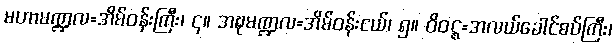
မဟာမဏ္ဍလ=အိမ်ဝန်းကြီး၊ ၄။ အဍ္ဎမဏ္ဍလ=အိမ်ဝန်းငယ်၊ ၅။ ဝိဝဋ္ဋ=အလယ်ခေါင်စပ်ကြီး၊